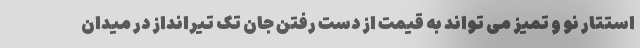
استتار نو و تمیز می تواند به قیمت از دست رفتن جان تک تیرانداز در میدان